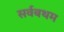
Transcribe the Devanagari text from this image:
सर्वबथम